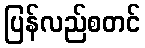
ပြန်လည်စတင်